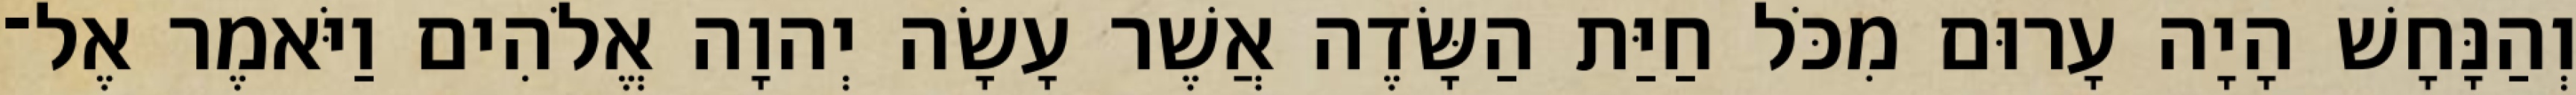
וְהַנָּחָשׁ הָיָה עָרוּם מִכֹּל חַיַּת הַשָּׂדֶה אֲשֶׁר עָשָׂה יְהוָה אֱלֹהִים וַיֹּאמֶר אֶל־